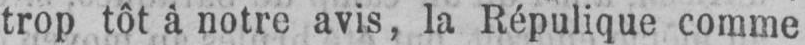
trop tôt à notre avis, la Répulique comme